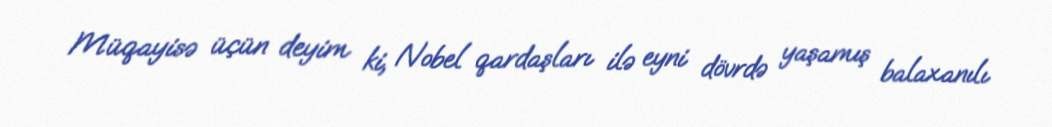
Müqayisə üçün deyim ki, Nobel qardaşları ilə eyni dövrdə yaşamış balaxanılı